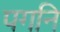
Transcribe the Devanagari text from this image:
पगनि